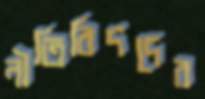
নীতিবিদদের